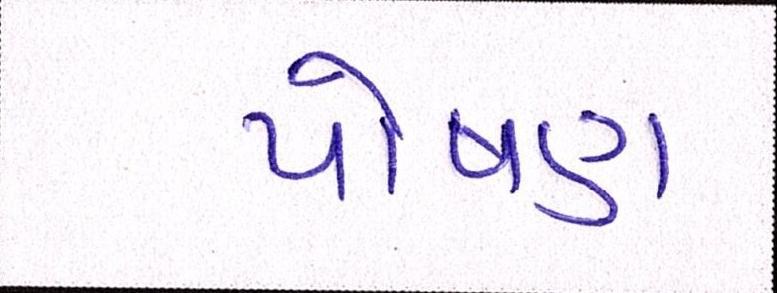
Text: પોષણ